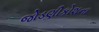
જોડણીકોશના